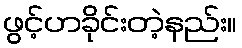
ဖွင့်ဟခိုင်းတဲ့နည်း။